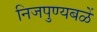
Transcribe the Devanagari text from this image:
निजपुण्यबळें